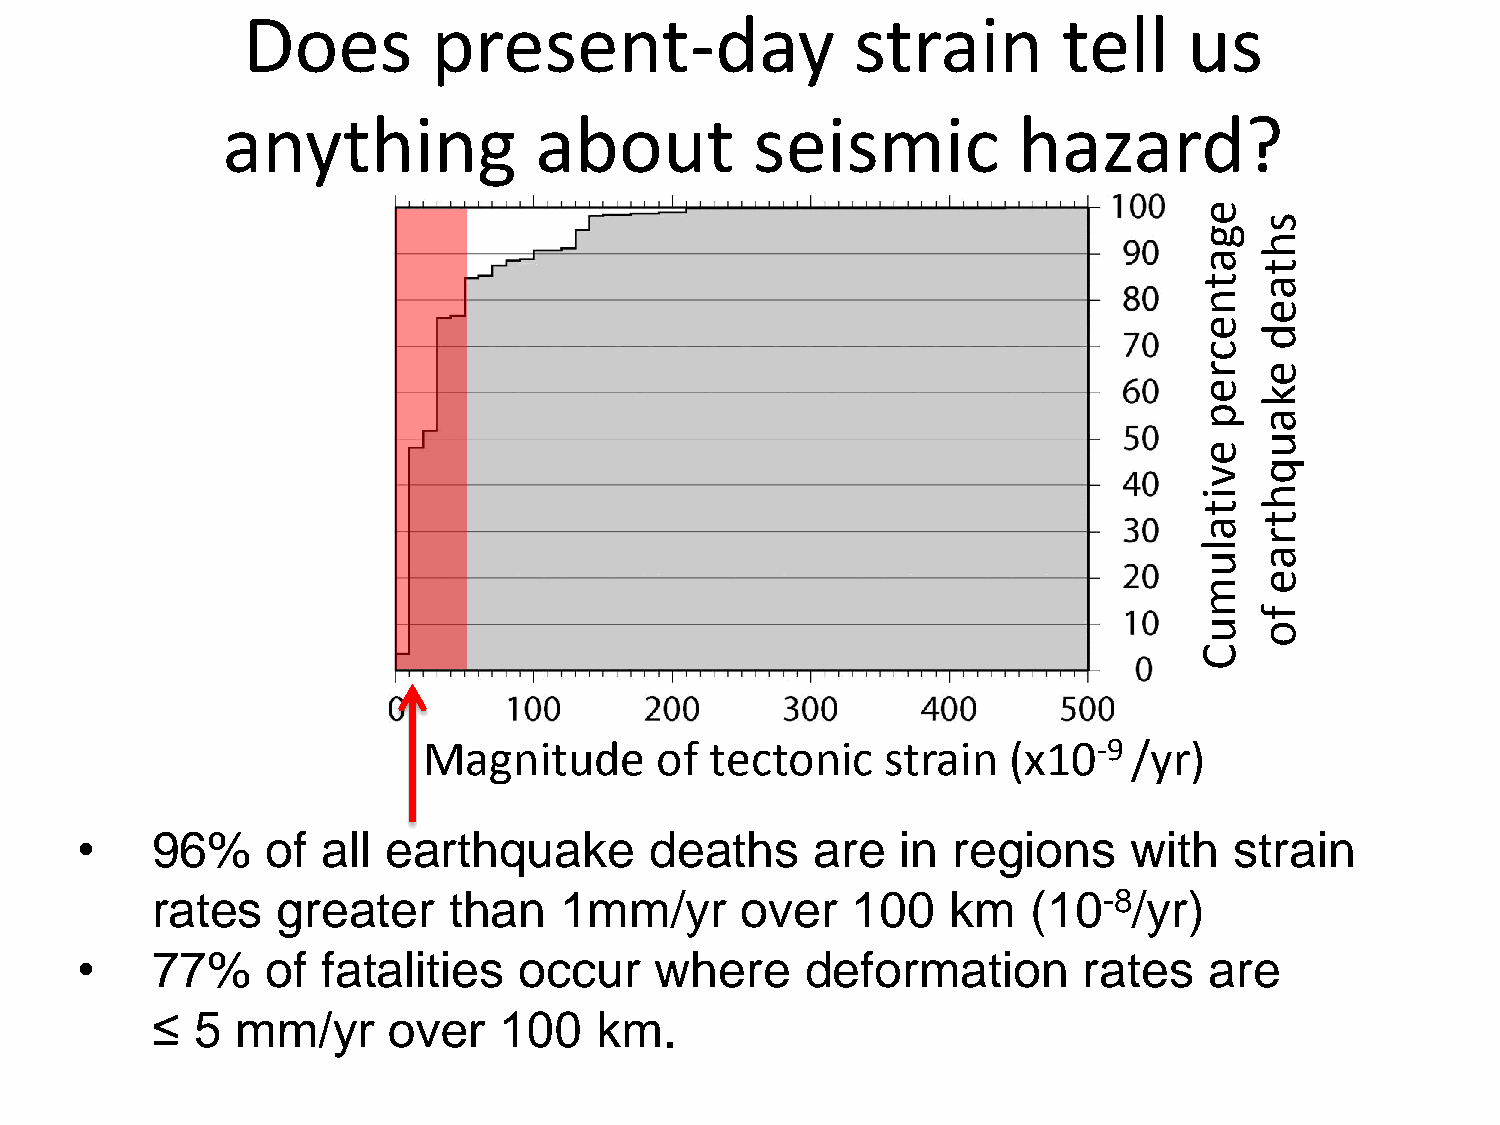
Does         present-day                 strain       tell     us
 anything            about          seismic          hazard?
 e
 s
 g
 h
 a
 t
 t   a
 n
 e
 e
 d
 c
 r   e
 e
 k
 p   a
 u
 e
 q
 v
 i   h
 t
 a   t
 r
 l u a
 e
 m
 f
 u   o
 C
 Magnitude      of  tectonic    strain  (x10-9  /yr)
 •    96%     of all  earthquake       deaths     are   in regions     with   strain
 rates   greater     than   1mm/yr      over   100    km   (10-8/yr)
 •    77%     of fatalities   occur    where     deformation        rates   are
 ≤  5  mm/yr     over   100   km.